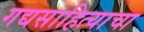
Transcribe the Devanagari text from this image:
गद्यसाहित्याचा